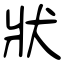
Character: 狀